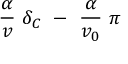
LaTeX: \frac { \alpha } { v } \ \delta _ { C } \ - \ \frac { \alpha } { v _ { 0 } } \ \pi